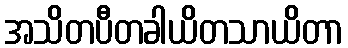
အသိတပီတခါယိတသာယိတာ